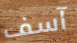
آسف